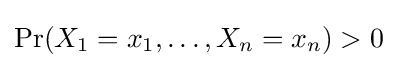
\Pr(X_{1}=x_{1},\ldots ,X_{n}=x_{n})>0